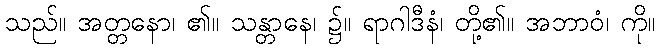
သည်။ အတ္တနော၊ ၏။ သန္တာနေ၊ ၌။ ရာဂါဒီနံ၊ တို့၏။ အဘာဝံ၊ ကို။